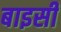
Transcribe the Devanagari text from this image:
बाइसीं